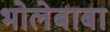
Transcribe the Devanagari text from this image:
भोलेबाबा